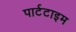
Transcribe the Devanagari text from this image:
पार्टटाइम